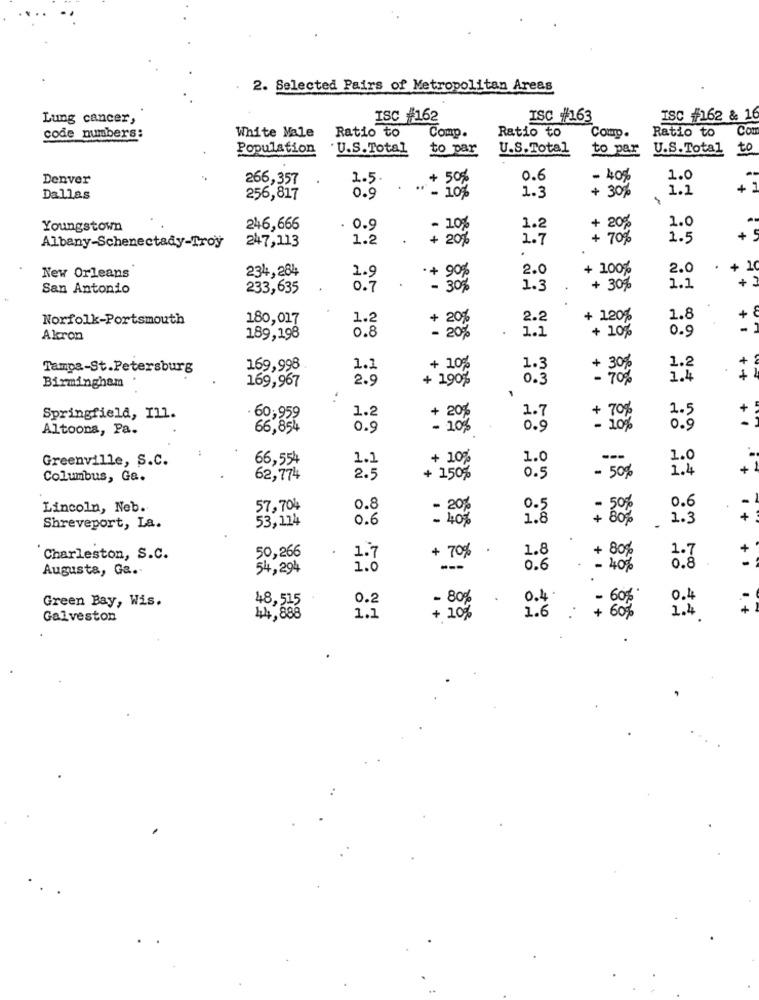
2. Selected Pairs of Metropolitan Areas
Lung cancer,
ISC #162
ISC #163
ISC #162 & 16
code numbers:
Ratio to
Ratio to
Comp.
Ratio to
Con
White Male
Comp.
Population
U.S.Total
to par
U.S.Total
to par
U.S. Total
to
Denver
266,357
1.5.
0.6
- 40%
1.0
+ 30%
1.1
Dallas
256,817
0.9
" - 10%
1.3
1.0
Youngstown
246,666
. 0.9
- 10%
1.2
+ 20%
1.2
+ 20%
1.7
+ 70%
1.5
Albany-Schenectady-Troy
247,113
234,284
2.0
+ 100%
2.0
New Orleans
1.9
90%
San Antonio
233,635
0.7
+ 30%
1.3
+ 30%
1.1
Norfolk-Portsmouth
180,017
1.2
+ 20%
2.2
+ 120%
1.8
.
1.1
0.9
Akron
189,198
0.8
- 20%
+ 10%
1.2
Tampa-St.Petersburg
169,998
1.1
+ 10%
1.3
Birmingham
169,967
2.9
+ 190%
0.3
+ 30%
1.4
1.7
+
1.5
Springfield, Ill.
· 6
1.2
+ 20%
Altoons, Pa.
0.9
0.9
: 10%
0.9
Greenville, S.C.
66,554
1.]
+ 10%
1.0
---
1.0
1.4
Columbus, Ge.
62,774
2.5
+ 150%
0.5
- 50%
0.6
Lincoln, Neb.
57,704
0.8
20%
0.5
53, 124
0.6
1.8
+
1.3
+
Shreveport, La.
50,266
1.8
+
Charleston, S.C.
1.7
+ 70%
+ 80%
Augusta, Ga.
54,294
1.0
---
0.6
- 40%
0.8
Green Bay, Wis.
0.2
- 80%
0.4 .
0.4
- 60%
1.4
Galveston
1.1
+ 10%
1.6
.